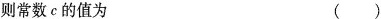
则常数c的值为 ()